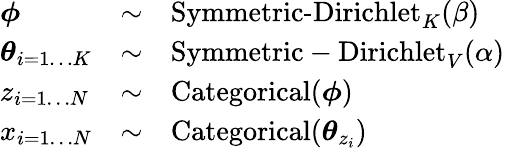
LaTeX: {\begin{array}{lcl}{{\boldsymbol{\phi}}}&{\sim}&{\operatorname{Symmetric-Dirichlet}_{K}(\beta)}\\ {{\boldsymbol{\theta}}_{i=1\dots K}}&{\sim}&{{\mathrm{Symmetric-Dirichlet}}_{V}(\alpha)}\\ {z_{i=1\dots N}}&{\sim}&{\operatorname{Categorical}({\boldsymbol{\phi}})}\\ {x_{i=1\dots N}}&{\sim}&{{\mathrm{Categorical}}({\boldsymbol{\theta}}_{z_{i}})}\end{array}}